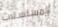
المسلسلات